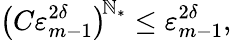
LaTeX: \bigl(C\varepsilon_{m-1}^{2\delta}\bigr)^{\! \mathbb{N}_{*}}\leq\varepsilon_{m-1}^{2\delta},